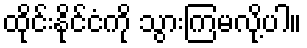
ထိုင်းနိုင်ငံကို သွားကြမလို့ပါ။